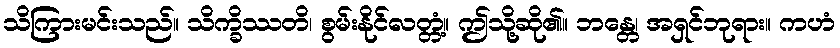
သိကြားမင်းသည်။ သိက္ခိဿတိ၊ စွမ်းနိုင်လတ္တံ့။ ဤသို့ဆို၏။ ဘန္တေ၊ အရှင်ဘုရား။ ကဟံ